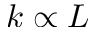
k \propto L